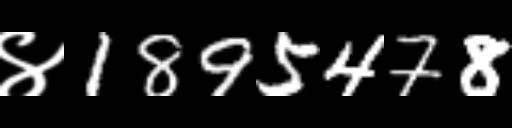
Text: ४1895478